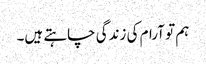
ہم تو آرام کی زندگی چاہتے ہیں۔